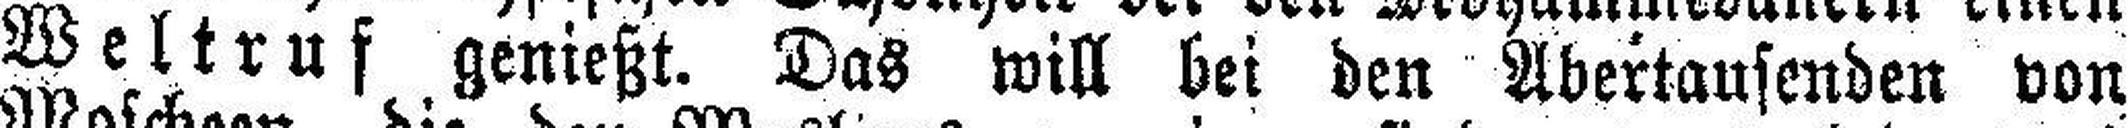
Weltruf genießt. Das will bei den Abertausenden von